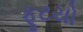
ફૂટયો